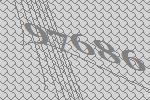
97686